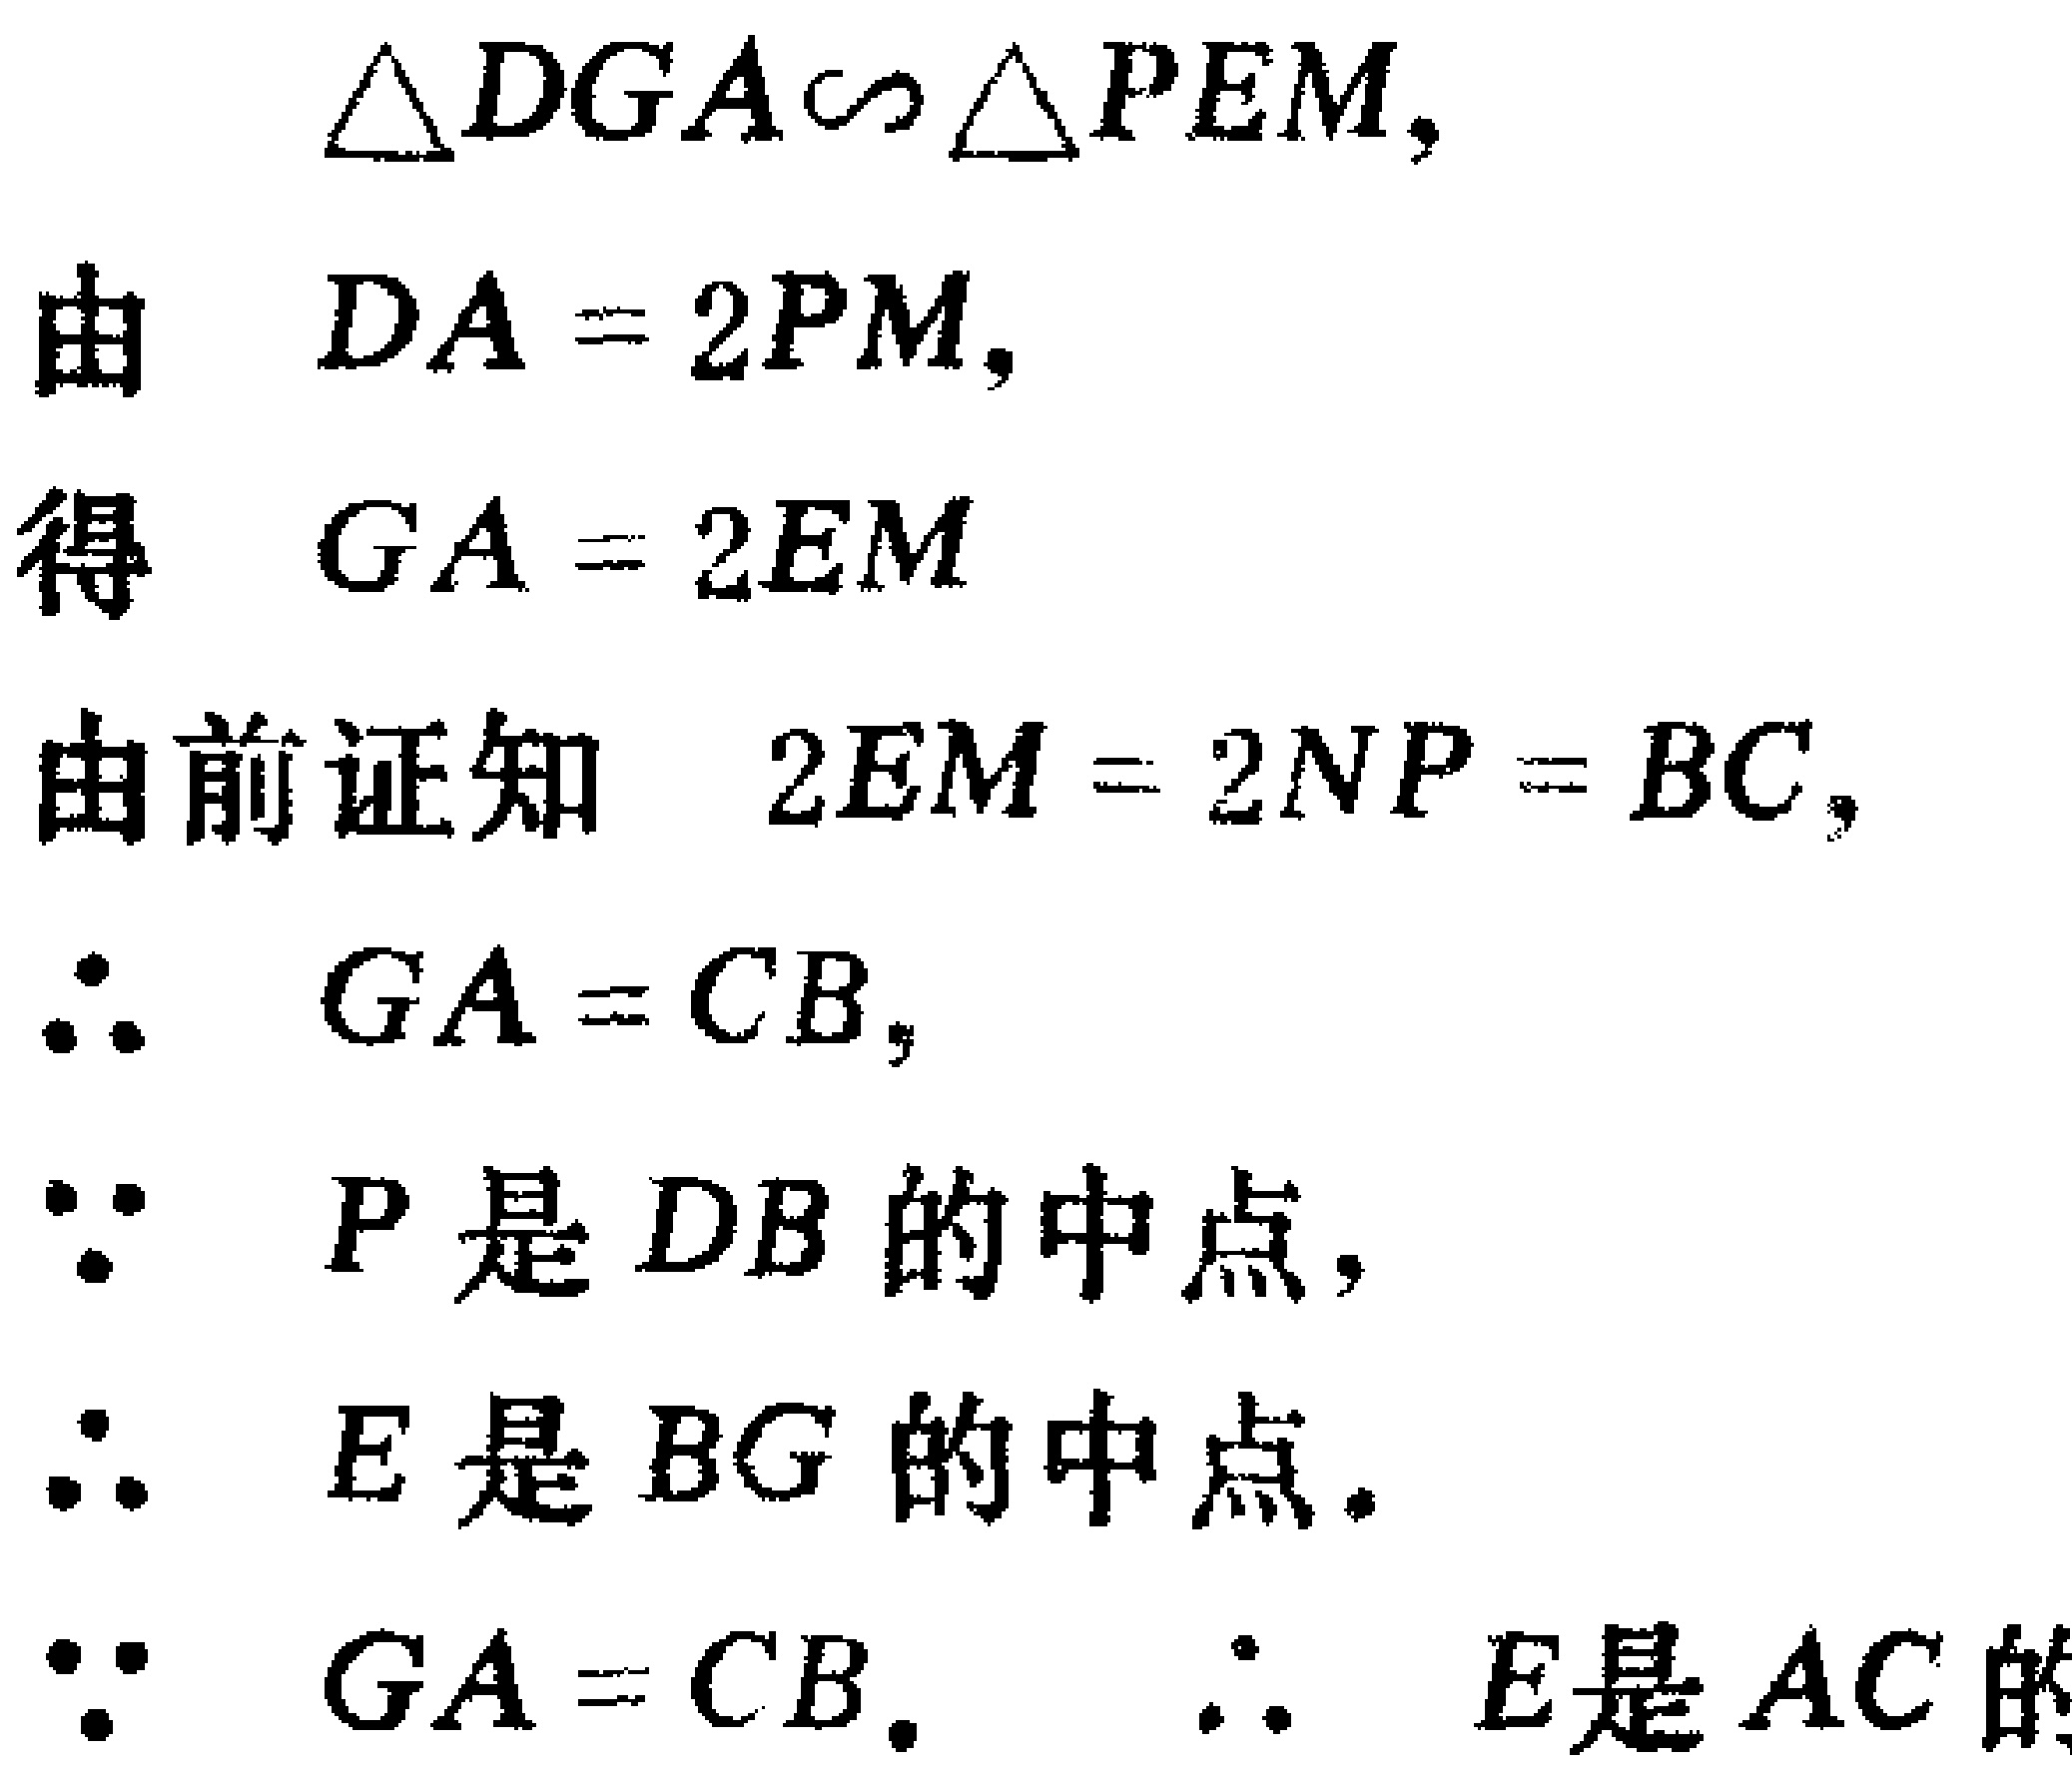
$\triangle DGA\backsim\triangle PEM,$

由 $DA = 2PM,$

得 $GA = 2EM$

由前证知 $2EM = 2NP = BC,$

$\therefore GA = CB,$

$\because P$ 是 $DB$ 的中点,

$\therefore E$ 是 $BG$ 的中点.

$\because GA = CB.$ $\therefore E$是$AC$的